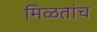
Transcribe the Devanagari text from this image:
मिळतांच